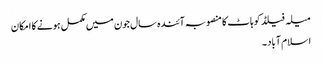
میلہ فیلڈ کوہاٹ کا منصوبہ آئندہ سال جون میں مکمل ہونے کا امکان
اسلام آباد ۔